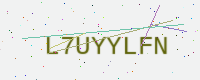
Text: L7UYYLFN